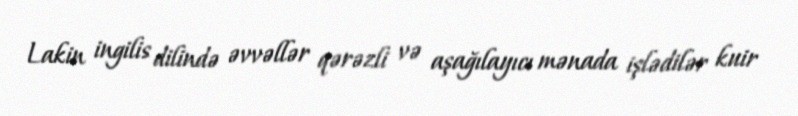
Lakin ingilis dilində əvvəllər qərəzli və aşağılayıcı mənada işlədilər kuir